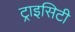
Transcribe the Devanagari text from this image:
ट्राइसिटी